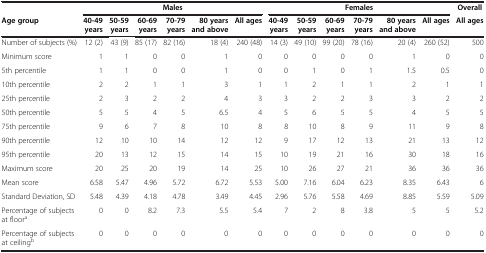
<table><thead><tr><td><b> </b></td><td colspan="6"><b>Males</b></td><td colspan="6"><b>Females</b></td><td><b>Overall</b></td></tr><tr><td><b>Age group</b></td><td><b>40-49 years</b></td><td><b>50-59 years</b></td><td><b>60-69 years</b></td><td><b>70-79 years</b></td><td><b>80 years and above</b></td><td><b>All ages</b></td><td><b>40-49 years</b></td><td><b>50-59 years</b></td><td><b>60-69 years</b></td><td><b>70-79 years</b></td><td><b>80 years and above</b></td><td><b>All ages</b></td><td><b>All ages</b></td></tr></thead><tbody><tr><td>Number of subjects (%)</td><td>12 (2)</td><td>43 (9)</td><td>85 (17)</td><td>82 (16)</td><td>18 (4)</td><td>240 (48)</td><td>14 (3)</td><td>49 (10)</td><td>99 (20)</td><td>78 (16)</td><td>20 (4)</td><td>260 (52)</td><td>500</td></tr><tr><td>Minimum score</td><td>1</td><td>1</td><td>0</td><td>0</td><td>1</td><td>0</td><td>0</td><td>0</td><td>0</td><td>0</td><td>1</td><td>0</td><td>0</td></tr><tr><td>5th percentile</td><td>1</td><td>1</td><td>0</td><td>0</td><td>1</td><td>0</td><td>0</td><td>1</td><td>0</td><td>1</td><td>1.5</td><td>0.5</td><td>0</td></tr><tr><td>10th percentile</td><td>2</td><td>2</td><td>1</td><td>1</td><td>3</td><td>1</td><td>1</td><td>2</td><td>1</td><td>1</td><td>2</td><td>1</td><td>1</td></tr><tr><td>25th percentile</td><td>2</td><td>3</td><td>2</td><td>2</td><td>4</td><td>3</td><td>3</td><td>2</td><td>2</td><td>3</td><td>3</td><td>2</td><td>2</td></tr><tr><td>50th percentile</td><td>5</td><td>5</td><td>4</td><td>5</td><td>6.5</td><td>4</td><td>5</td><td>6</td><td>5</td><td>5</td><td>4</td><td>5</td><td>5</td></tr><tr><td>75th percentile</td><td>9</td><td>6</td><td>7</td><td>8</td><td>10</td><td>8</td><td>8</td><td>10</td><td>8</td><td>9</td><td>11</td><td>9</td><td>8</td></tr><tr><td>90th percentile</td><td>12</td><td>10</td><td>10</td><td>14</td><td>12</td><td>12</td><td>9</td><td>17</td><td>12</td><td>13</td><td>21</td><td>13</td><td>12</td></tr><tr><td>95th percentile</td><td>20</td><td>13</td><td>12</td><td>15</td><td>14</td><td>15</td><td>10</td><td>19</td><td>21</td><td>16</td><td>30</td><td>18</td><td>16</td></tr><tr><td>Maximum score</td><td>20</td><td>25</td><td>20</td><td>19</td><td>14</td><td>25</td><td>10</td><td>26</td><td>27</td><td>21</td><td>36</td><td>36</td><td>36</td></tr><tr><td>Mean score</td><td>6.58</td><td>5.47</td><td>4.96</td><td>5.72</td><td>6.72</td><td>5.53</td><td>5.00</td><td>7.16</td><td>6.04</td><td>6.23</td><td>8.35</td><td>6.43</td><td>6</td></tr><tr><td>Standard Deviation, SD</td><td>5.48</td><td>4.39</td><td>4.18</td><td>4.78</td><td>3.49</td><td>4.45</td><td>2.96</td><td>5.76</td><td>5.58</td><td>4.69</td><td>8.85</td><td>5.59</td><td>5.09</td></tr><tr><td>Percentage of subjects at floor<sup>a</sup></td><td>0</td><td>0</td><td>8.2</td><td>7.3</td><td>5.5</td><td>5.4</td><td>7</td><td>2</td><td>8</td><td>3.8</td><td>5</td><td>5</td><td>5.2</td></tr><tr><td>Percentage of subjects at ceiling<sup>b</sup></td><td>0</td><td>0</td><td>0</td><td>0</td><td>0</td><td>0</td><td>0</td><td>0</td><td>0</td><td>0</td><td>0</td><td>0</td><td>0</td></tr></tbody></table>